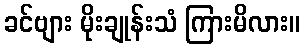
ခင်ဗျား မိုးချုန်းသံ ကြားမိလား။